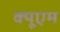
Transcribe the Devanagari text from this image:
क्यूएम